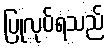
ပြုလုပ်ရသည်